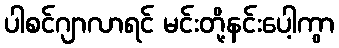
ပါစင်ဂျာလာရင် မင်းတို့နင်းပေါ့ကွာ